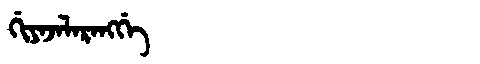
Manchu: ᡤᡳᠶᠠᠵᠠᠯᠠᡵᠠᠩᡤᡝ
Romanization: GIYAJALARANGGE